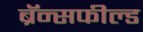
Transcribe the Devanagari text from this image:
ब्रॅन्सफील्ड